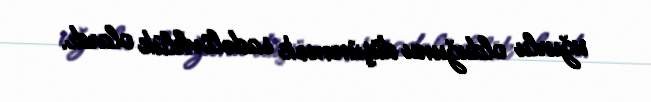
uğurlu olduğunu düşünmək sadəlövhlük olardı.